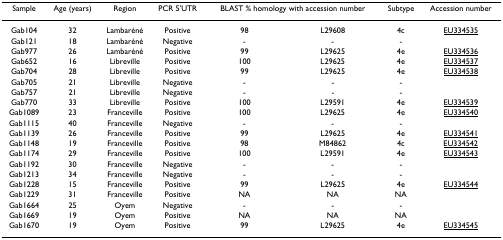
<table><thead><tr><td><b>Sample</b></td><td><b>Age (years)</b></td><td><b>Region</b></td><td><b>PCR 5&#x27;UTR</b></td><td colspan="2"><b>BLAST % homology with accession number</b></td><td><b>Subtype</b></td><td><b>Accession number</b></td></tr></thead><tbody><tr><td>Gab104</td><td>32</td><td>Lambaréné</td><td>Positive</td><td>98</td><td>L29608</td><td>4c</td><td>EU334535</td></tr><tr><td>Gab121</td><td>18</td><td>Lambaréné</td><td>Negative</td><td>-</td><td>-</td><td>-</td><td></td></tr><tr><td>Gab977</td><td>26</td><td>Lambaréné</td><td>Positive</td><td>99</td><td>L29625</td><td>4e</td><td>EU334536</td></tr><tr><td>Gab652</td><td>16</td><td>Libreville</td><td>Positive</td><td>100</td><td>L29625</td><td>4e</td><td>EU334537</td></tr><tr><td>Gab704</td><td>28</td><td>Libreville</td><td>Positive</td><td>99</td><td>L29625</td><td>4e</td><td>EU334538</td></tr><tr><td>Gab705</td><td>21</td><td>Libreville</td><td>Negative</td><td>-</td><td>-</td><td>-</td><td></td></tr><tr><td>Gab757</td><td>21</td><td>Libreville</td><td>Negative</td><td>-</td><td>-</td><td>-</td><td></td></tr><tr><td>Gab770</td><td>33</td><td>Libreville</td><td>Positive</td><td>100</td><td>L29591</td><td>4e</td><td>EU334539</td></tr><tr><td>Gab1089</td><td>23</td><td>Franceville</td><td>Positive</td><td>100</td><td>L29625</td><td>4e</td><td>EU334540</td></tr><tr><td>Gab1115</td><td>40</td><td>Franceville</td><td>Negative</td><td>-</td><td>-</td><td>-</td><td></td></tr><tr><td>Gab1139</td><td>26</td><td>Franceville</td><td>Positive</td><td>99</td><td>L29625</td><td>4e</td><td>EU334541</td></tr><tr><td>Gab1148</td><td>19</td><td>Franceville</td><td>Positive</td><td>98</td><td>M84862</td><td>4c</td><td>EU334542</td></tr><tr><td>Gab1174</td><td>29</td><td>Franceville</td><td>Positive</td><td>100</td><td>L29591</td><td>4e</td><td>EU334543</td></tr><tr><td>Gab1192</td><td>30</td><td>Franceville</td><td>Negative</td><td>-</td><td>-</td><td>-</td><td></td></tr><tr><td>Gab1213</td><td>34</td><td>Franceville</td><td>Negative</td><td>-</td><td>-</td><td>-</td><td></td></tr><tr><td>Gab1228</td><td>15</td><td>Franceville</td><td>Positive</td><td>99</td><td>L29625</td><td>4e</td><td>EU334544</td></tr><tr><td>Gab1229</td><td>31</td><td>Franceville</td><td>Positive</td><td>NA</td><td>NA</td><td>NA</td><td></td></tr><tr><td>Gab1664</td><td>25</td><td>Oyem</td><td>Negative</td><td>-</td><td>-</td><td>-</td><td></td></tr><tr><td>Gab1669</td><td>19</td><td>Oyem</td><td>Positive</td><td>NA</td><td>NA</td><td>NA</td><td></td></tr><tr><td>Gab1670</td><td>19</td><td>Oyem</td><td>Positive</td><td>99</td><td>L29625</td><td>4e</td><td>EU334545</td></tr></tbody></table>